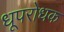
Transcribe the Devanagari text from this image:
धूपरोधक